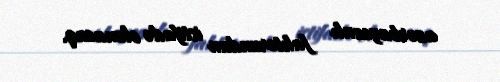
azərbaycanlı faktorundan istifadə olunacaq.